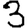
Digit: 3